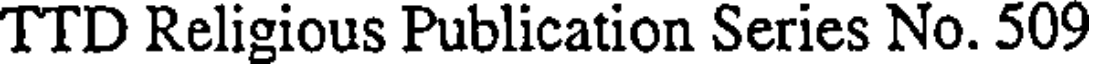
TTD Religious Publication Series No. 509